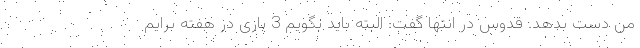
من دست بدهد. قدوس در انتها گفت: البته باید بگویم 3 بازی در هفته برایم